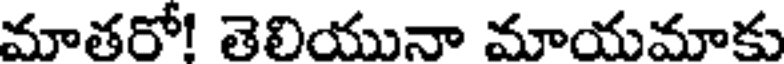
మాతరో! తెలియునా మాయమాకు